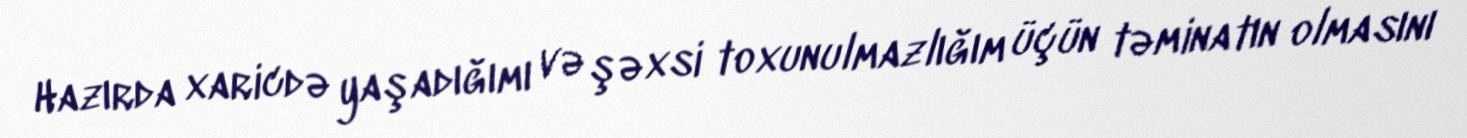
Hazırda xaricdə yaşadığımı və şəxsi toxunulmazlığım üçün təminatın olmasını